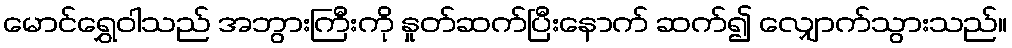
မောင်ရွှေဝါသည် အဘွားကြီးကို နှုတ်ဆက်ပြီးနောက် ဆက်၍ လျှောက်သွားသည်။